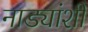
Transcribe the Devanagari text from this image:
नाड्यांशी